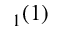
_ 1 ( 1 )